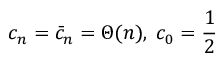
c _ { n } = \bar { c } _ { n } = \Theta ( n ) , \; c _ { 0 } = { \frac { 1 } { 2 } }